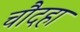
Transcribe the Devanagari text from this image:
चौदहा